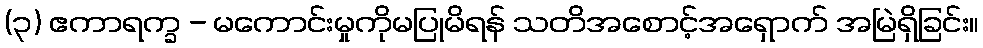
(၃) ဧကာရက္ခ - မကောင်းမှုကိုမပြုမိရန် သတိအစောင့်အရှောက် အမြဲရှိခြင်း။